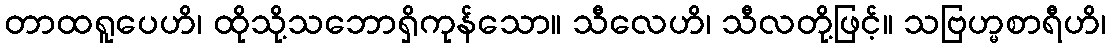
တာထရူပေဟိ၊ ထိုသို့သဘောရှိကုန်သော။ သီလေဟိ၊ သီလတို့ဖြင့်။ သဗြဟ္မစာရီဟိ၊